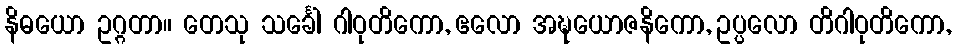
နိဓယော ဥဂ္ဂတာ။ တေသု သင်္ခေါ ဂါဝုတိကော, ဧလော အဍ္ဎယောဇနိကော, ဥပ္ပလော တိဂါဝုတိကော,